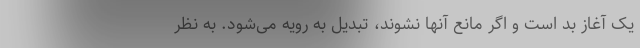
یک آغاز بد است و اگر مانع آنها نشوند، تبدیل به رویه می‌شود. به نظر